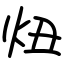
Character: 炄